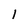
Character: 1